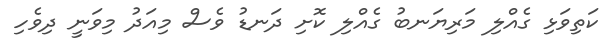
ކަތިވަޅި ގެއްލި މަރިޔަނބު ގެއްލި ކޮށި ދަނޑު ވެސް މިއަދު މިވަނީ ދިވެހި